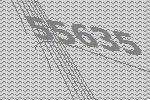
55635